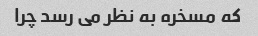
که مسخره به نظر می رسد چرا